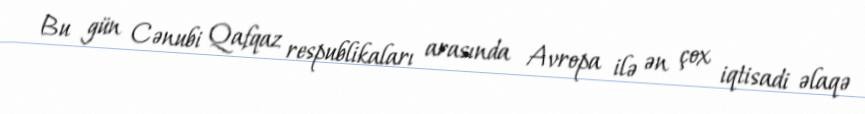
Bu gün Cənubi Qafqaz respublikaları arasında Avropa ilə ən çox iqtisadi əlaqə